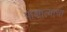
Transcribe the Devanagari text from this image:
पाश्चात्यांचा